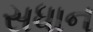
સધાન